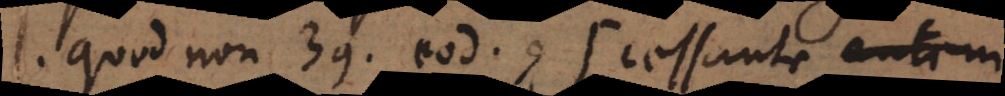
l. quod non 39. eod. (+ cessante